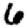
Digit: 6